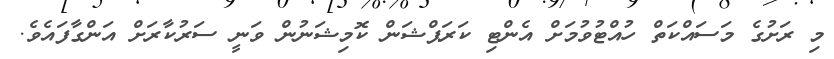
މި ރަށުގެ މަސައްކަތް ހުއްޓުވުމަށް އެންޓި ކަރަޕްޝަން ކޮމިޝަނުން ވަނީ ސަރުކާރަށް އަންގާފައެވެ.